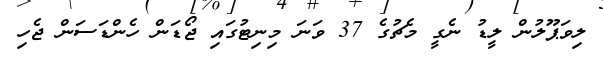
ލިވަޕޫލުން ލީޑު ނެގީ މެޗުގެ 37 ވަނަ މިނިޓުގައި ޖޯޑަން ހެންޑަސަން ޖެހި